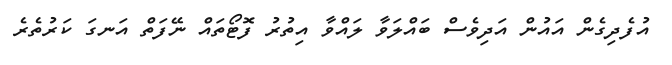
އުފެދިގެން އައުން އަދިވެސް ބައްލަވާ ލައްވާ އިތުރު ފޮޓޯތައް ނޭފަތް އަނގަ ކަރުތެރެ